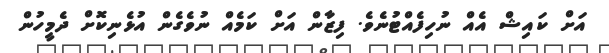
އަށް ކައިޝް އެއް ނުހިފެއްޓުނެވެ. ފިޒާން އަށް ކަމެއް ނުވެގެން އުޅެނިކޮށް ދެމީހުން